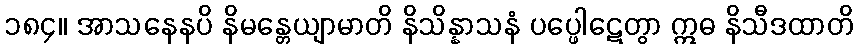
၁၈၄။ အာသနေနပိ နိမန္တေယျာမာတိ နိသိန္နာသနံ ပပ္ဖေါဋေတွာ ဣဓ နိသီဒထာတိ